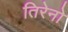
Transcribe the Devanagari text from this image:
तिरेनो